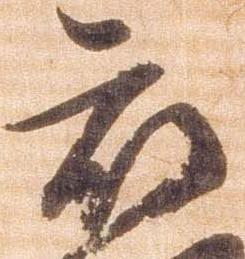
被